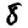
Digit: 8